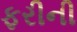
ફરીની